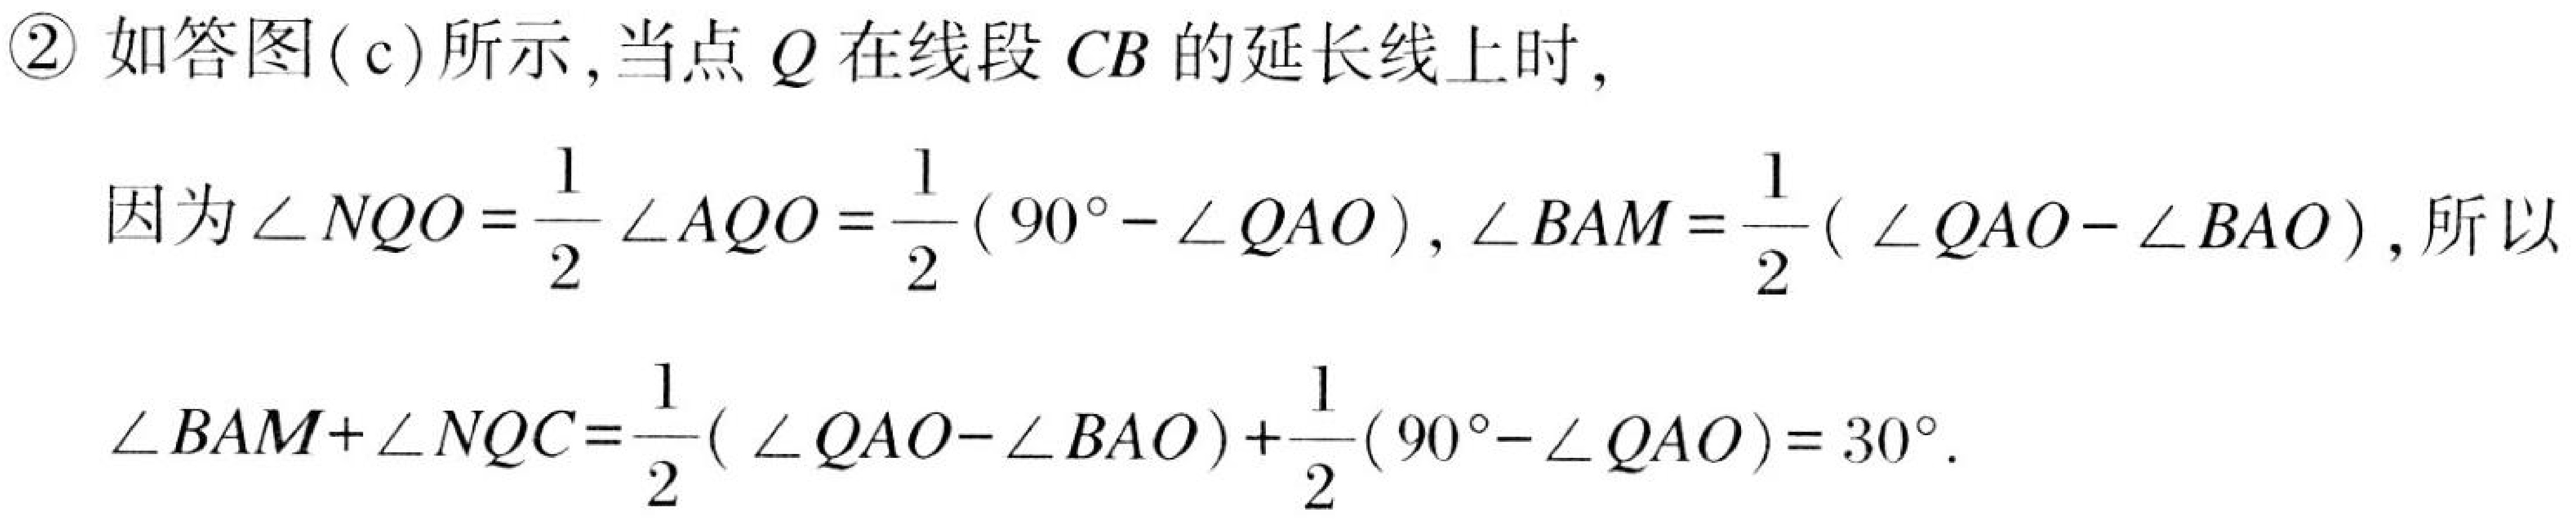
\textcircled{2} 如答图(c)所示,当点 \(Q\) 在线段 \(CB\) 的延长线上时,
因为\(\angle NQO=\frac{1}{2}\angle AQO=\frac{1}{2}(90^{\circ}-\angle QAO)\), \(\angle BAM=\frac{1}{2}(\angle QAO - \angle BAO)\), 所以
\(\angle BAM+\angle NQC=\frac{1}{2}(\angle QAO - \angle BAO)+\frac{1}{2}(90^{\circ}-\angle QAO)=30^{\circ}\).